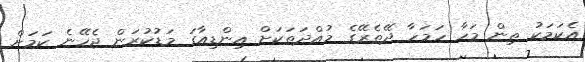
އެކަމަކު ތިން މަހާ ހަމަހާ ދޭތެރޭގެ މުއްދަތަކަށް އިންޑިއާގަ މަޑުކުރަން ޖެހޭނެ ކަމަށް